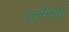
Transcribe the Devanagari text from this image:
सरगिरदाँ